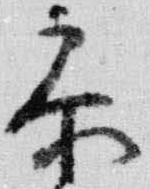
参